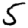
Digit: 5